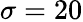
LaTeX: \sigma=20